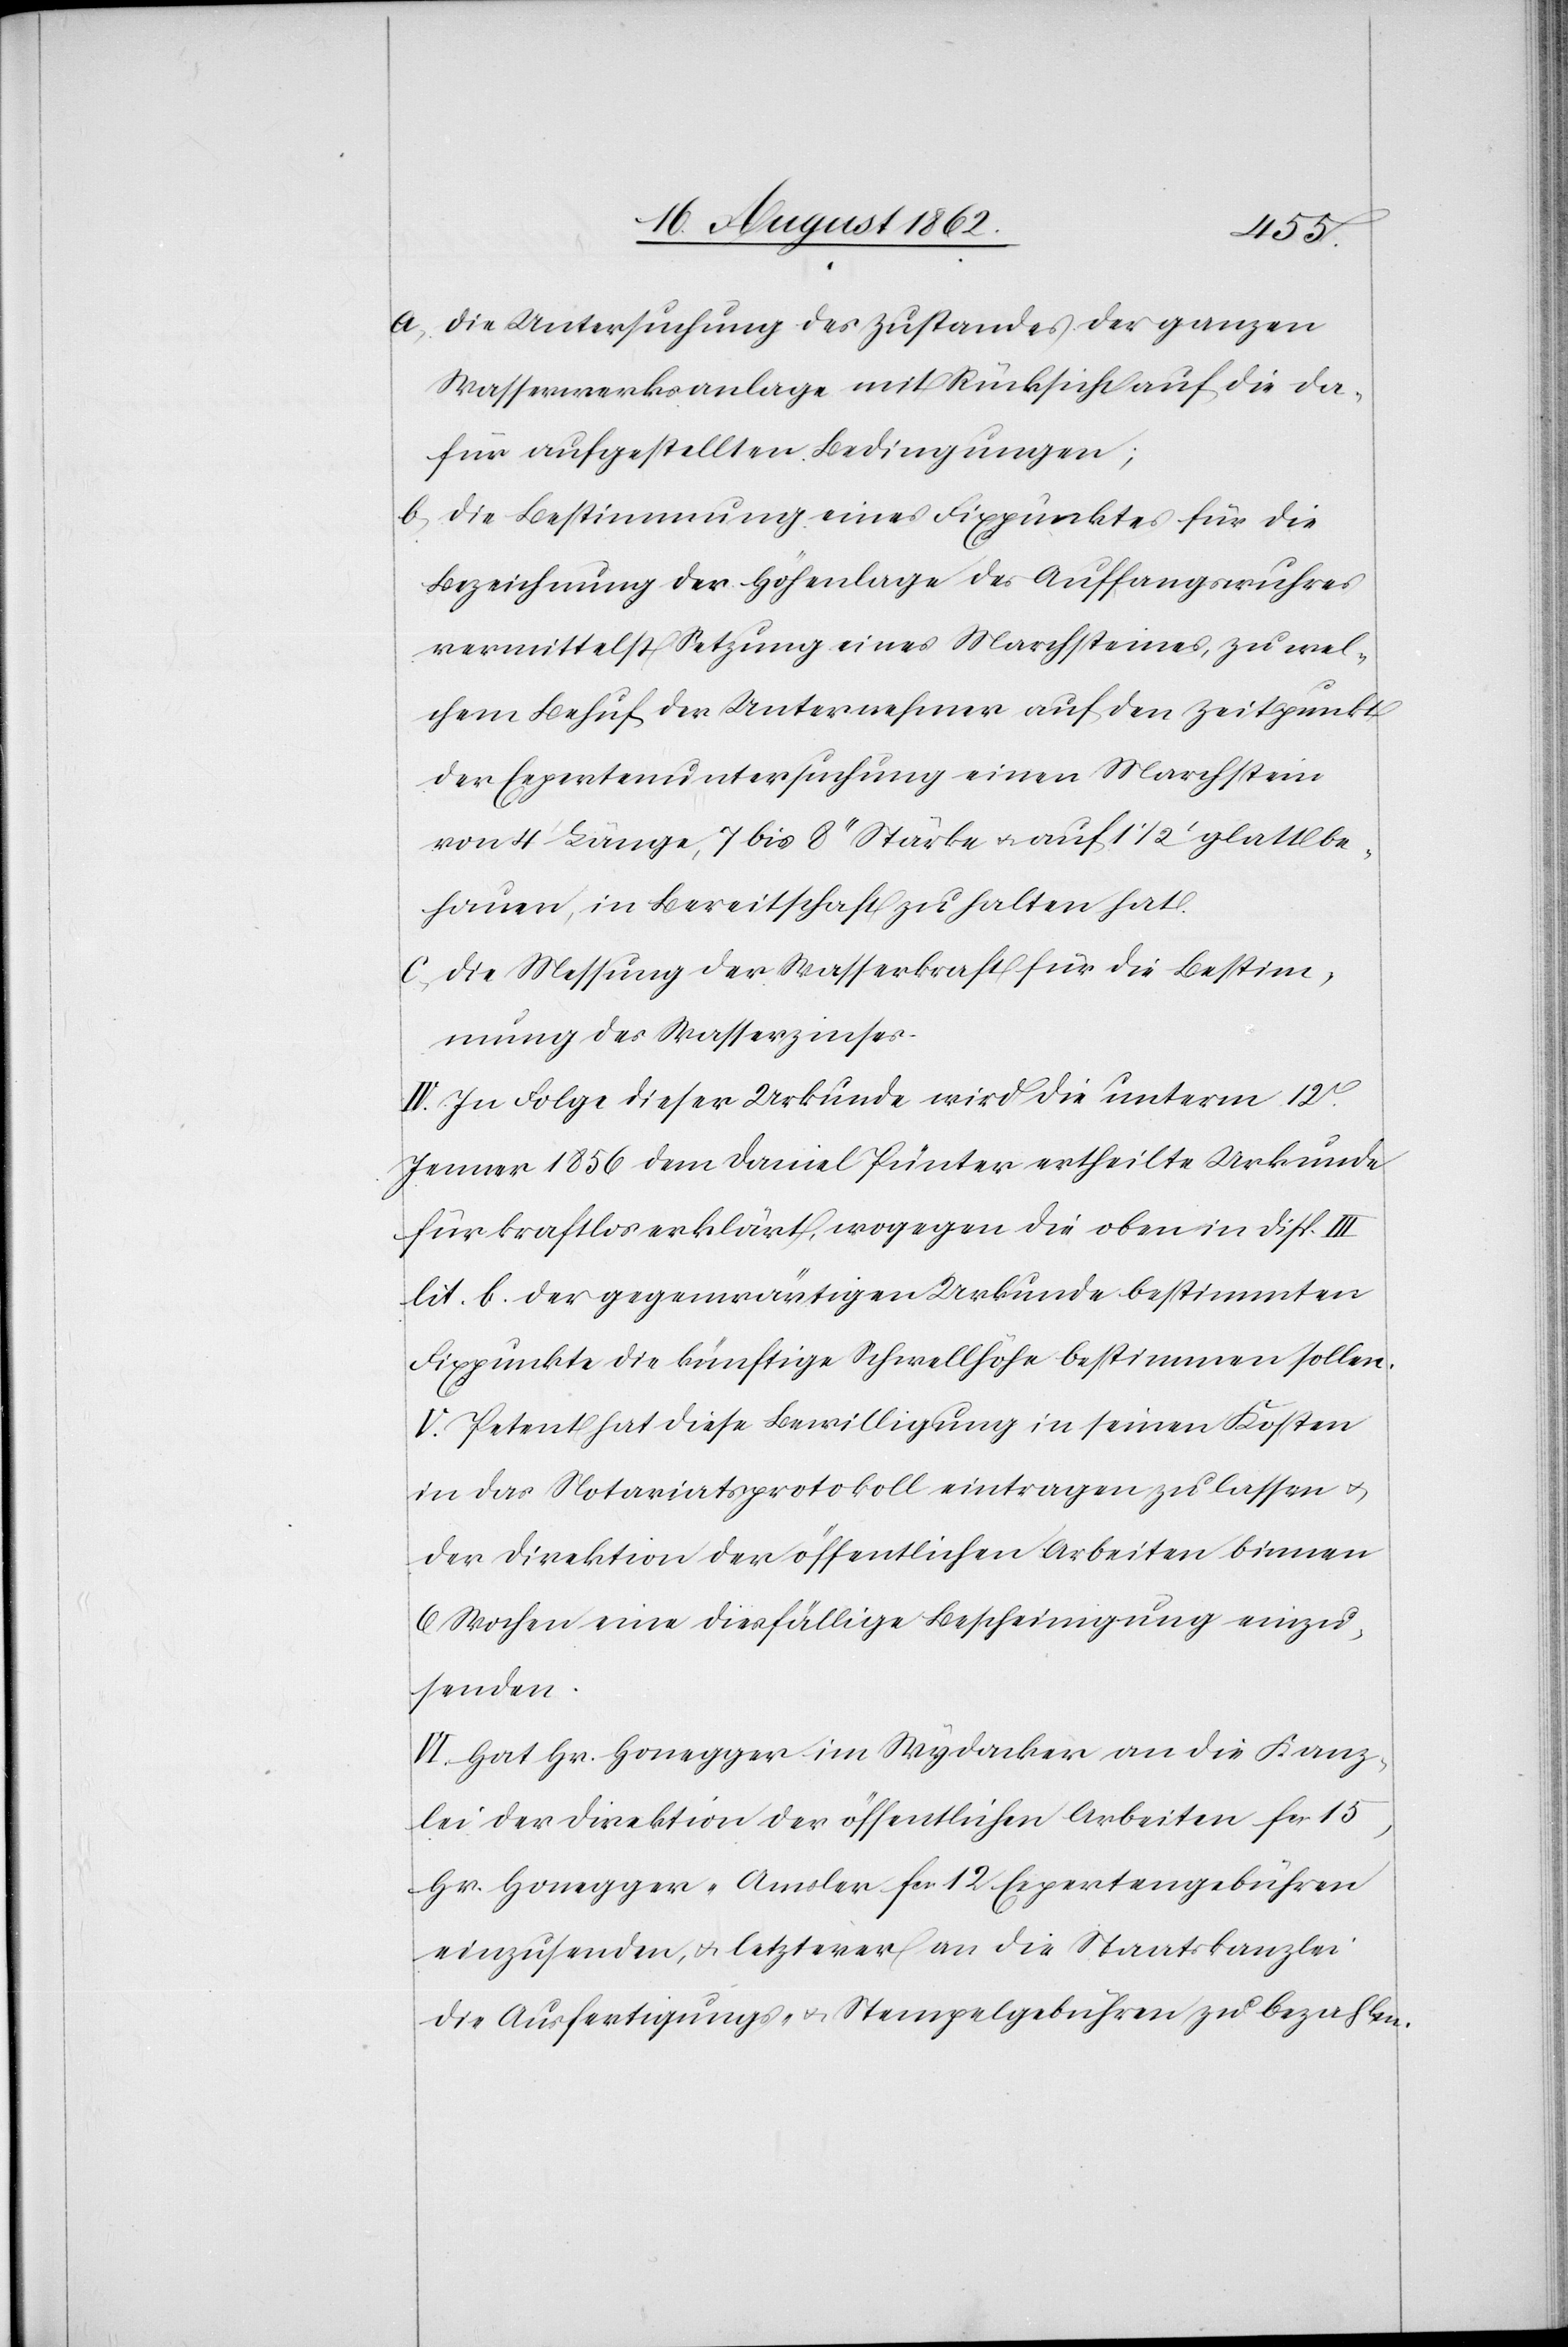
a. Die Untersuchung des Zustandes der ganzen
Wasserwerksanlage mit Rücksicht auf die da¬
für aufgestellten Bedingungen;
b. Die Bestimmung eines Fixpunktes für die
Bezeichnung der Höhenlage des Auffangwuhres
vermittelst Setzung eines Marchsteines, zu wel¬
chem Behuf der Unternehmer auf den Zeitpunkt
der Expertenuntersuchung einen Marchstein
von 4’ Länge, 7 bis 8’’ Stärke u. auf 1 1/2’ glatt be¬
hauen, in Bereitschaft zu halten hat.
c. Die Messung der Wasserkraft für die Bestim¬
mung des Wasserzinses.
IV. In Folge dieser Urkunde wird die unterm 12t
Jenner 1856 dem Daniel Pünter ertheilte Urkunde
für kraftlos erklärt, wogegen die oben in Disp. III
lit. b der gegenwärtigen Urkunde bestimmten
Fixpunkte die künftige Schwellhöhe bestimmen sollen.
V. Petent hat diese Bewilligung in seinen Kosten
in das Notariatsprotokoll eintragen zu lassen u.
der Direktion der öffentlichen Arbeiten binnen
6 Wochen eine diesfällige Bescheinigung einzu¬
senden.
VI. Hat Hr. Honegger im Wydacker an die Kanz¬
lei der Direktion der öffentlichen Arbeiten fcs. 15,
Hr. Honegger-Amsler fcs. 12 Expertengebühren
einzusenden, u. letzterer an die Staatskanzlei
die Ausfertigungs- u. Stempelgebühren zu bezahlen.